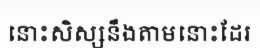
នោះសិស្សនឹងតាមនោះដែរ